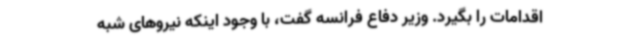
اقدامات را بگیرد. وزیر دفاع فرانسه گفت، با وجود اینکه نیروهای شبه